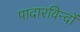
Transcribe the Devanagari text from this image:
पादारविन्दों